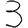
Digit: 3